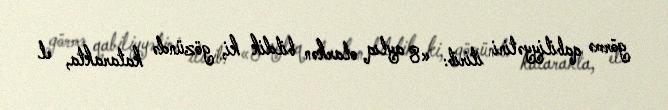
görmə qabiliyyətini itirib: «8 aylıq olarkən bildik ki, gözündə katarakta, el